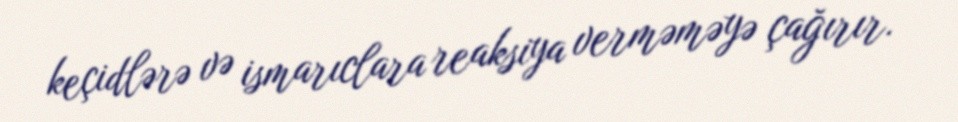
keçidlərə və ismarıclara reaksiya verməməyə çağırır.